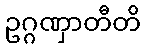
ဥဂ္ဂဏှာတီတိ